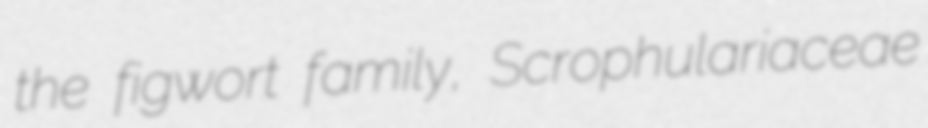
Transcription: the figwort family, Scrophulariaceae